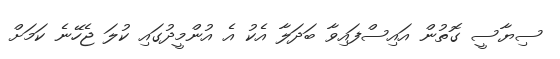
ސިޔާސީ ގޮތުން އައިސްފައިވާ ބަދަލާ އެކު އެ އުންމީދުގައި ކުލަ ޖެހޭނެ ކަމަށް